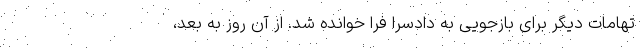
تهامات دیگر برای بازجویی به دادسرا فرا خوانده شد. از آن روز به بعد،